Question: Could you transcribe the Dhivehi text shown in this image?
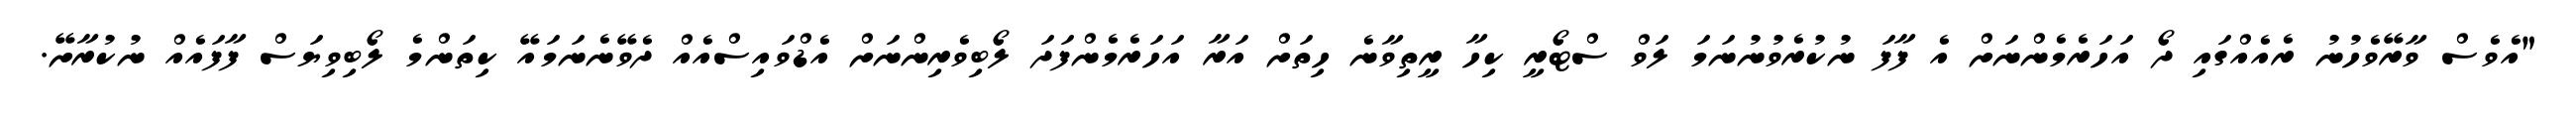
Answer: "އެވެސް ވާރޭވެހުނު ރެއެއްގައި ދޯ އަހަރެމެންނަށް އެ ފާފަ ނުކުރެވުނުނަމަ ލަވް ސްޓޯރީ ކިހާ ރީތިވާނެ ހިތަށް އަރާ އަހަރެމެންފަދަ ލޯބިވެރިންނަށް އެޑްވައިސްއެއް ދެވޭނެނަމައޭ ކިތަންމެ ލޯބިވިޔަސް ފާފައެއް ނުކުރާށޭ.